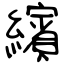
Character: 繽